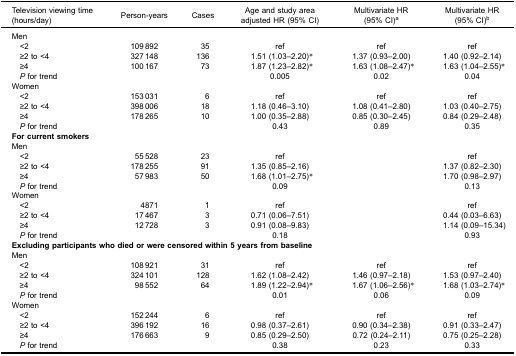
<table><thead><tr><td><b>Television viewing time(hours/day)</b></td><td><b>Person-years</b></td><td><b>Cases</b></td><td><b>Age and study areaadjusted HR (95% CI)</b></td><td><b>Multivariate HR(95% CI)<sup>a</sup></b></td><td><b>Multivariate HR(95% CI)<sup>b</sup></b></td></tr></thead><tbody><tr><td>Men</td><td> </td><td> </td><td> </td><td> </td><td> </td></tr><tr><td> &lt;2</td><td>109 892</td><td>35</td><td>ref</td><td>ref</td><td>ref</td></tr><tr><td> ≥2 to &lt;4</td><td>327 148</td><td>136</td><td>1.51 (1.03–2.20)*</td><td>1.37 (0.93–2.00)</td><td>1.40 (0.92–2.14)</td></tr><tr><td> ≥4</td><td>100 167</td><td>73</td><td>1.87 (1.23–2.82)*</td><td>1.63 (1.08–2.47)*</td><td>1.63 (1.04–2.55)*</td></tr><tr><td> <i>P</i> for trend</td><td> </td><td> </td><td>0.005</td><td>0.02</td><td>0.04</td></tr><tr><td>Women</td><td> </td><td> </td><td> </td><td> </td><td> </td></tr><tr><td> &lt;2</td><td>153 031</td><td>6</td><td>ref</td><td>ref</td><td>ref</td></tr><tr><td> ≥2 to &lt;4</td><td>398 006</td><td>18</td><td>1.18 (0.46–3.10)</td><td>1.08 (0.41–2.80)</td><td>1.03 (0.40–2.75)</td></tr><tr><td> ≥4</td><td>178 265</td><td>10</td><td>1.00 (0.35–2.88)</td><td>0.85 (0.30–2.45)</td><td>0.84 (0.29–2.48)</td></tr><tr><td> <i>P</i> for trend</td><td> </td><td> </td><td>0.43</td><td>0.89</td><td>0.35</td></tr><tr><td colspan="6"><b>For current smokers</b></td></tr><tr><td>Men</td><td> </td><td> </td><td> </td><td> </td><td> </td></tr><tr><td> &lt;2</td><td>55 528</td><td>23</td><td>ref</td><td> </td><td>ref</td></tr><tr><td> ≥2 to &lt;4</td><td>178 255</td><td>91</td><td>1.35 (0.85–2.16)</td><td> </td><td>1.37 (0.82–2.30)</td></tr><tr><td> ≥4</td><td>57 983</td><td>50</td><td>1.68 (1.01–2.75)*</td><td> </td><td>1.70 (0.98–2.97)</td></tr><tr><td> <i>P</i> for trend</td><td> </td><td> </td><td>0.09</td><td> </td><td>0.13</td></tr><tr><td>Women</td><td> </td><td> </td><td> </td><td> </td><td> </td></tr><tr><td> &lt;2</td><td>4871</td><td>1</td><td>ref</td><td> </td><td>ref</td></tr><tr><td> ≥2 to &lt;4</td><td>17 467</td><td>3</td><td>0.71 (0.06–7.51)</td><td> </td><td>0.44 (0.03–6.63)</td></tr><tr><td> ≥4</td><td>12 728</td><td>3</td><td>0.91 (0.08–9.83)</td><td> </td><td>1.14 (0.09–15.34)</td></tr><tr><td> <i>P</i> for trend</td><td> </td><td> </td><td>0.18</td><td> </td><td>0.93</td></tr><tr><td colspan="6"><b>Excluding participants who died or were censored within 5 years from baseline</b></td></tr><tr><td>Men</td><td> </td><td> </td><td> </td><td> </td><td> </td></tr><tr><td> &lt;2</td><td>108 921</td><td>31</td><td>ref</td><td>ref</td><td>ref</td></tr><tr><td> ≥2 to &lt;4</td><td>324 101</td><td>128</td><td>1.62 (1.08–2.42)</td><td>1.46 (0.97–2.18)</td><td>1.53 (0.97–2.40)</td></tr><tr><td> ≥4</td><td>98 552</td><td>64</td><td>1.89 (1.22–2.94)*</td><td>1.67 (1.06–2.56)*</td><td>1.68 (1.03–2.74)*</td></tr><tr><td> <i>P</i> for trend</td><td> </td><td> </td><td>0.01</td><td>0.06</td><td>0.09</td></tr><tr><td>Women</td><td> </td><td> </td><td> </td><td> </td><td> </td></tr><tr><td> &lt;2</td><td>152 244</td><td>6</td><td>ref</td><td>ref</td><td>ref</td></tr><tr><td> ≥2 to &lt;4</td><td>396 192</td><td>16</td><td>0.98 (0.37–2.61)</td><td>0.90 (0.34–2.38)</td><td>0.91 (0.33–2.47)</td></tr><tr><td> ≥4</td><td>176 663</td><td>9</td><td>0.85 (0.29–2.50)</td><td>0.72 (0.24–2.11)</td><td>0.75 (0.25–2.28)</td></tr><tr><td> <i>P</i> for trend</td><td> </td><td> </td><td>0.38</td><td>0.23</td><td>0.33</td></tr></tbody></table>